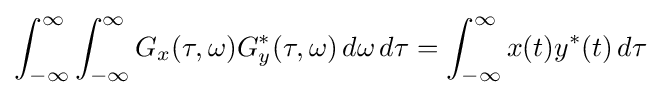
\int _{-\infty }^{\infty }\int _{-\infty }^{\infty }G_{x}(\tau ,\omega )G_{y}^{*}(\tau ,\omega )\,d\omega \,d\tau =\int _{-\infty }^{\infty }x(t)y^{*}(t)\,d\tau